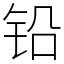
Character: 铅